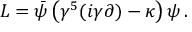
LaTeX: { \cal L } = \bar { \psi } \left( \gamma ^ { 5 } ( i \gamma \partial ) - \kappa \right) \psi \, .